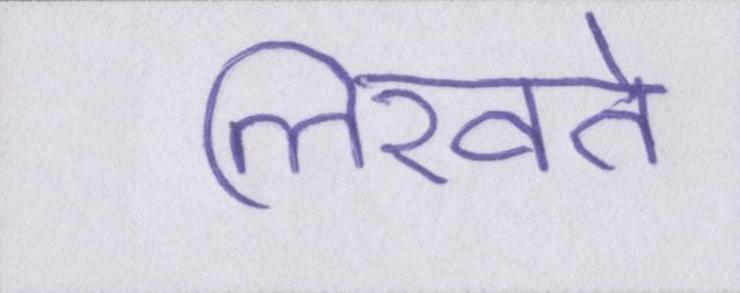
लिखते